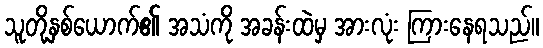
သူတို့နှစ်ယောက်၏ အသံကို အခန်းထဲမှ အားလုံး ကြားနေရသည်။